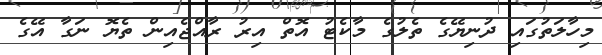
މިހާލަތުގައި ދުނިޔޭގެ ތެލުގެ މާކެޓު އޮތް އިރު ރާއްޖެއިން ތެޔޮ ނަގާ އޭގެ